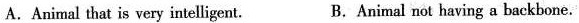
A.Animal that is very intelligent. B. Animal not having a backbone.